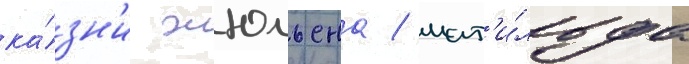
ка́зн'и жюльена / мат'и́льда